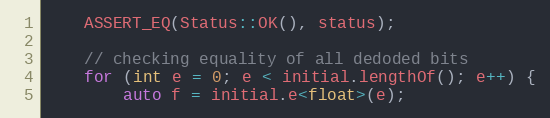
Language: C++
    ASSERT_EQ(Status::OK(), status);

    // checking equality of all dedoded bits
    for (int e = 0; e < initial.lengthOf(); e++) {
        auto f = initial.e<float>(e);